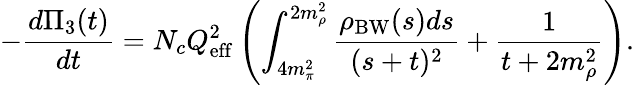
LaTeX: -\frac{d\Pi_{3}(t)}{dt}=N_{c}Q_{\mathrm{eff}}^{2}\left(\int_{4m_{\pi}^{2}}^{2m_{\rho}^{2}}\frac{\rho_{\mathrm{BW}}(s)ds}{(s+t)^{2}}+\frac 1{t+2m_{\rho}^{2}}\right).